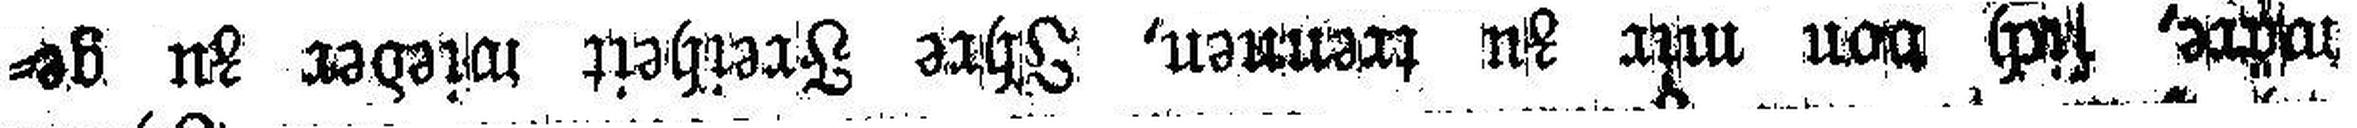
wäre, sich von mir zu trennen, Ihre Freiheit wieder zu ge¬